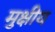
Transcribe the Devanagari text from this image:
मुक्षीय